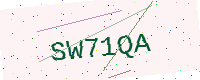
Text: SW71QA